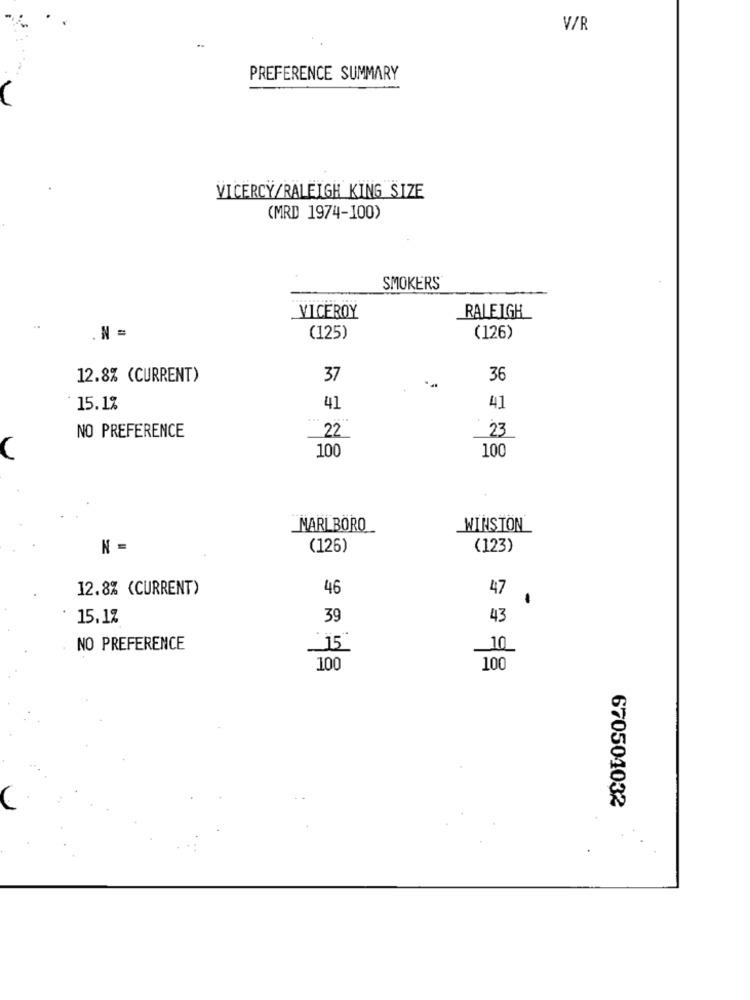
V/R
PREFERENCE SUMMARY
VICERCY/RALEIGH KING SIZE
(MRD 1974-100)
SMOKERS
VICEROY
RALEIGH
.N =
(125)
(126)
12.8% (CURRENT)
37
36
15.1%
41
41
22
23
NO PREFERENCE
100
100
MARLBORO
WINSTON
N =
(126)
(123)
12.8% (CURRENT)
46
47
15.1%
39
43
NO PREFERENCE
15"
10
100
100
670501032